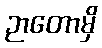
ဉာတောမှိ